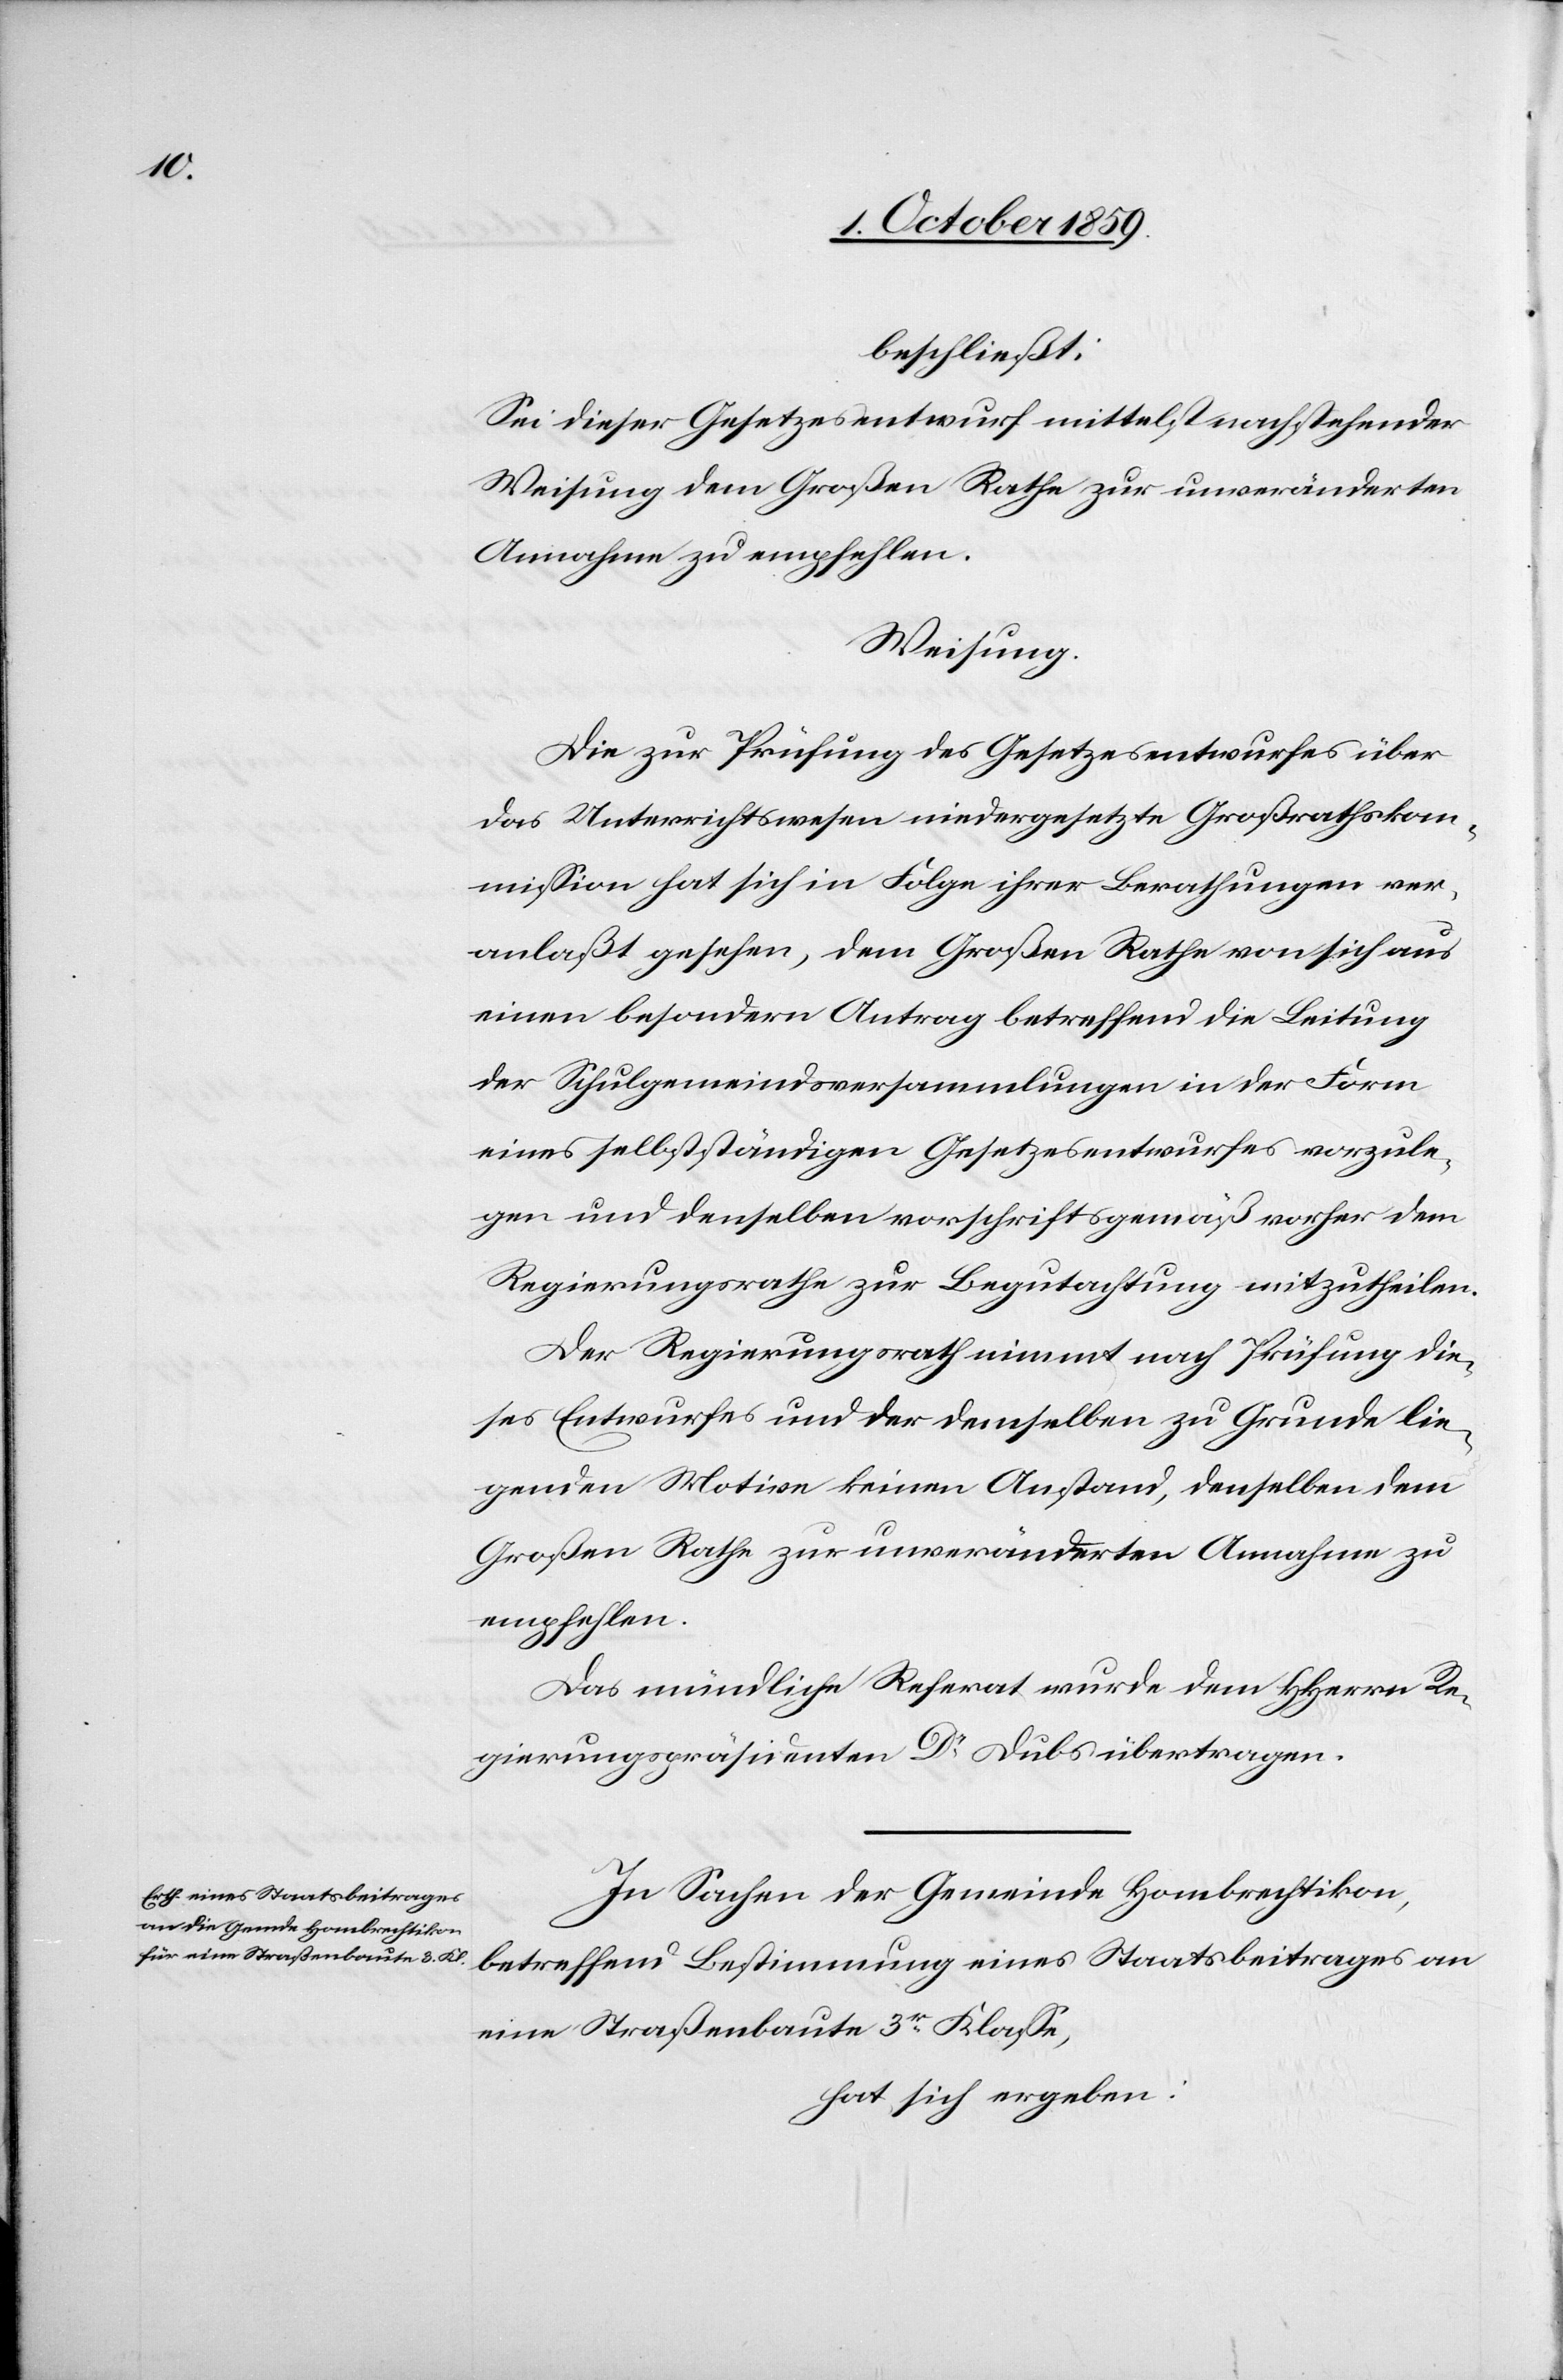
beschließt:
Sei dieser Gesetzesentwurf mittelst nachstehender
Weisung dem Großen Rathe zur unveränderten
Annahme zu empfehlen.
Weisung.
Die zur Prüfung des Gesetzesentwurfes über
das Unterrichtswesen niedergesetzte Großrathskom¬
ission hat sich in Folge ihrer Berathungen ver¬
anlaßt gesehen, dem Großen Rathe von sich aus
einen besondern Antrag betreffend die Leitung
der Schulgemeindsversammlungen in der Form
eines selbstständigen Gesetzesentwurfes vorzule¬
gen und denselben vorschriftsgemäß vorher dem
Regierungsrathe zur Begutachtung mitzutheilen.
Der Regierungsrath nimmt nach Prüfung die¬
ses Entwurfes und der demselben zu Grunde lie¬
genden Motion keinen Anstand, denselben dem
Großen Rathe zur unveränderten Annahme zu
empfehlen.
Das mündliche Referat wurde dem HHerrn Re¬
gierungspräsidenten Dr Dubs übertragen.
In Sachen der Gemeinde Hombrechtikon,
betreffend Bestimmung eines Staatsbeitrages an
eine Straßenbaute 3er Klasse,
hat sich ergeben: